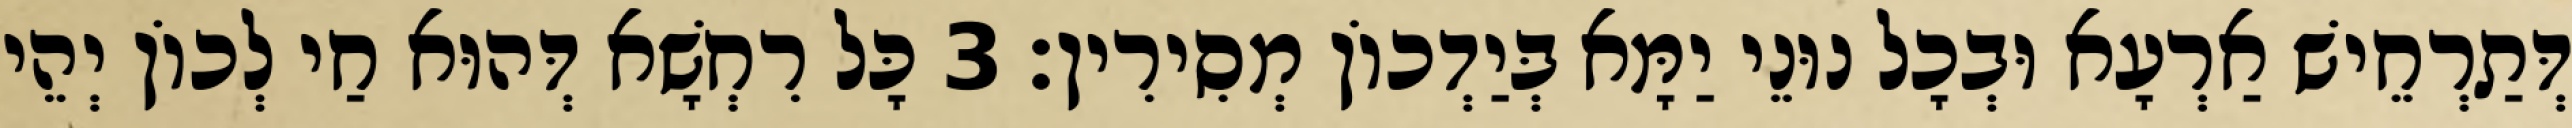
דְּתַרְחֵישׁ אַרְעָא וּבְכָל נוּנֵי יַמָּא בְּיַדְכוֹן מְסִירִין׃ 3 כָּל רִחְשָׁא דְּהוּא חַי לְכוֹן יְהֵי